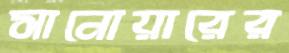
সানোয়ারের